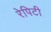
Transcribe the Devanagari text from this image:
रेपिटी